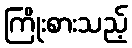
ကြိုးစားသည့်